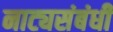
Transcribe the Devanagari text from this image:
नाट्यसंबंधी